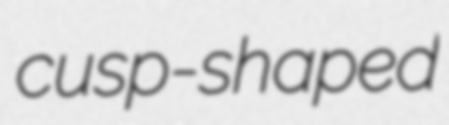
cusp-shaped